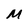
Character: M